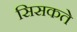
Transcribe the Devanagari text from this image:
सिसकते